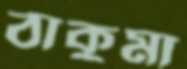
ঠাকুমা